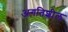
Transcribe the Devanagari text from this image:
अगतिशील